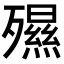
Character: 𣩯